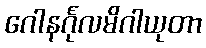
ဂေါနင်္ဂုလမိဂါယုတာ